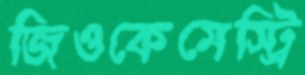
জিওকেমেস্ট্রি